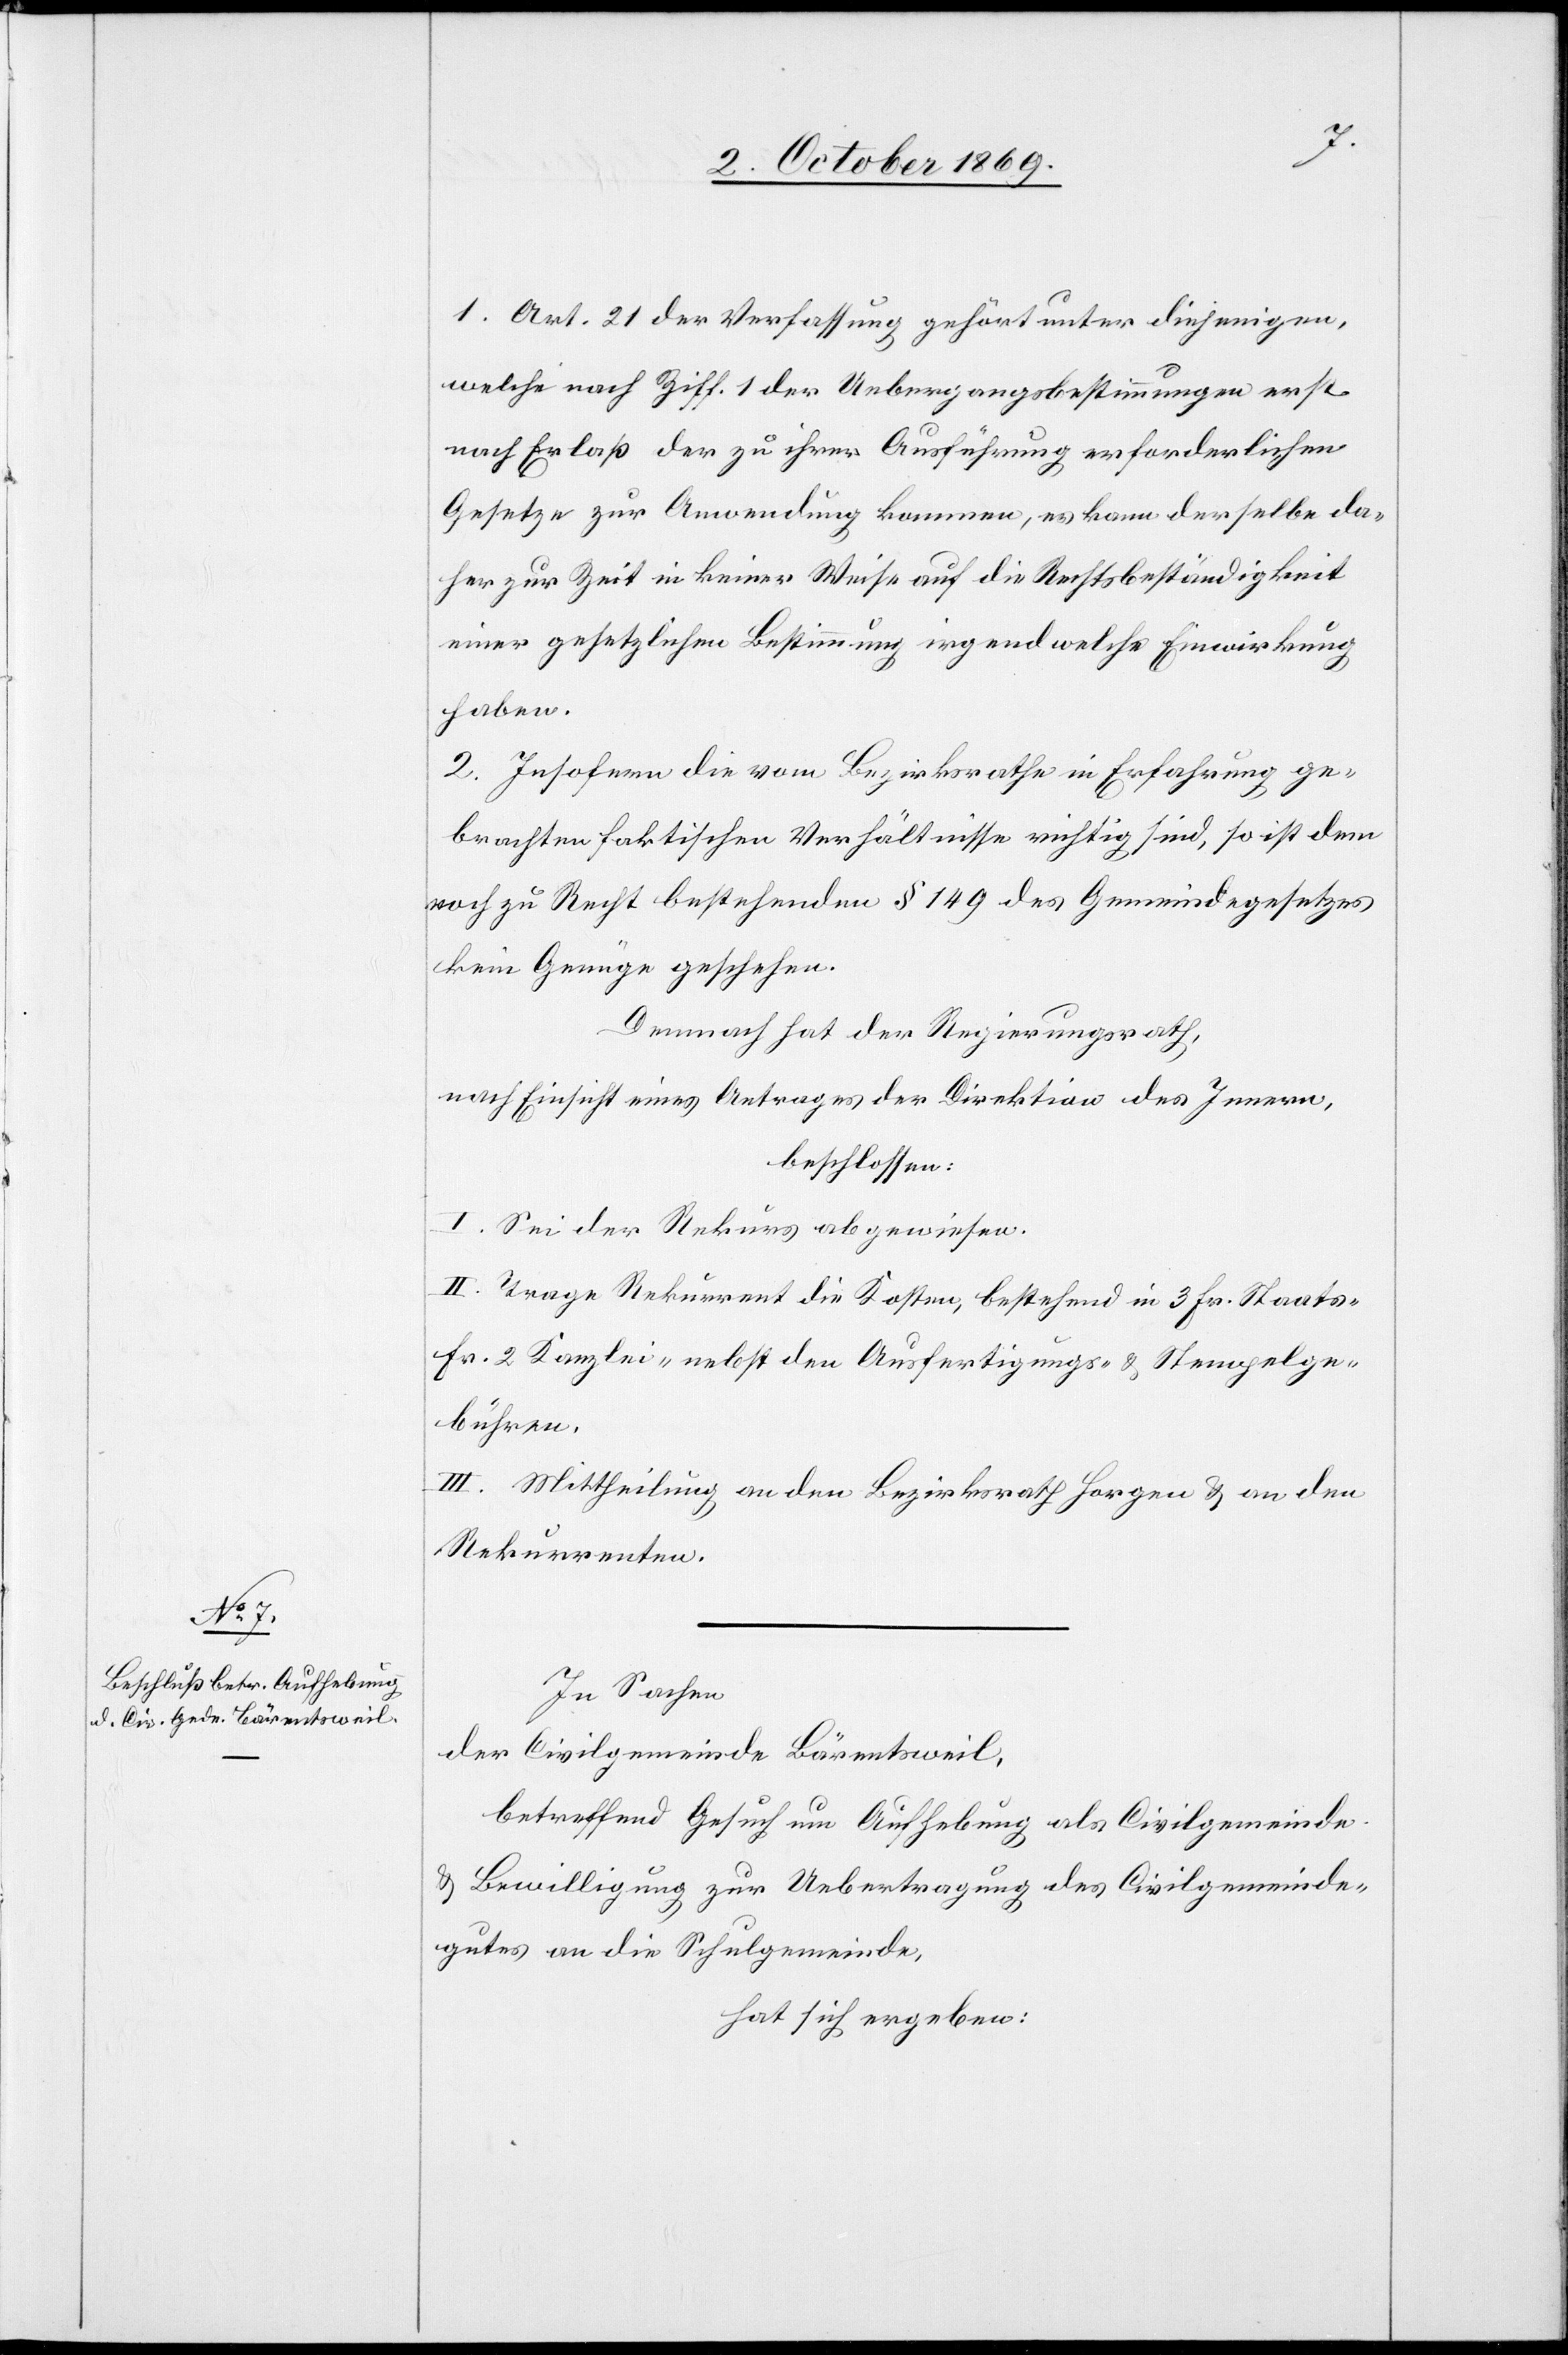
1. Art. 21 der Verfassung gehört unter diejenigen,
welche nach Ziff. 1 der Uebergangsbestimmungen erst
nach Erlaß der zu ihrer Ausführung erforderlichen
Gesetze zur Anwendung kommen, es kann derselbe da¬
her zur Zeit in keiner Weise auf die Rechtsbeständigkeit
einer gesetzlichen Bestimmung irgend welche Einwirkung
haben.
2. Insofern die vom Bezirksrathe in Erfahrung ge¬
brachten faktischen Verhältnisse richtig sind, so ist dem
noch zu Recht bestehenden § 149 des Gemeindegesetzes
kein Genüge geschehen.
Demnach hat der Regierungsrath,
nach Einsicht eines Antrages der Direktion des Innern,
beschlossen:
I. Sei der Rekurs abgewiesen.
II. Trage Rekurrent die Kosten, bestehend in 3 Fr. Staats-[,]
Fr. 2 Kanzlei-[,] nebst den Ausfertigungs- & Stempelge¬
bühren.
III. Mittheilung an den Bezirksrath Horgen & an den
Rekurrenten.
In Sachen
der Civilgemeinde Bärentsweil,
betreffend Gesuch um Aufhebung als Civilgemeinde
& Bewilligung zur Uebertragung des Civilgemeinde¬
gutes an die Schulgemeinde,
hat sich ergeben: